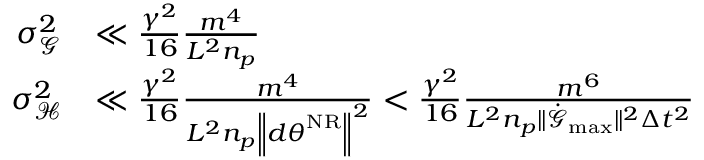
\begin{array} { r l } { \sigma _ { \mathcal { G } } ^ { 2 } } & { \ll \frac { \gamma ^ { 2 } } { 1 6 } \frac { m ^ { 4 } } { L ^ { 2 } n _ { p } } } \\ { \sigma _ { \mathcal { H } } ^ { 2 } } & { \ll \frac { \gamma ^ { 2 } } { 1 6 } \frac { m ^ { 4 } } { L ^ { 2 } n _ { p } \left\lVert d { \boldsymbol { \theta } } ^ { \mathrm { N R } } \right\rVert ^ { 2 } } < \frac { \gamma ^ { 2 } } { 1 6 } \frac { m ^ { 6 } } { L ^ { 2 } n _ { p } \lVert \dot { \mathcal { G } } _ { \mathrm { m a x } } \rVert ^ { 2 } \Delta t ^ { 2 } } } \end{array}